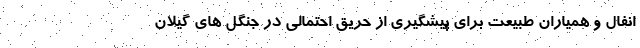
انفال و همیاران طبیعت برای پیشگیری از حریق احتمالی در جنگل های گیلان